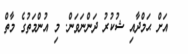
އަށް ޙަމްދާއި ޝުކުރު ދަންނަވަން. މި އުންމަތުގެ މާތް